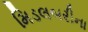
મિડલબરીના